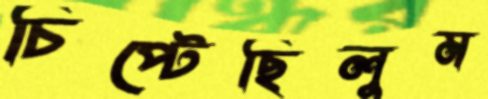
চিপ্‌টেছিলুম